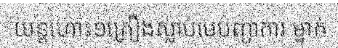
យន្តហោះ១គ្រឿងស្លាប់មេបញ្ជាការ ម្នាក់